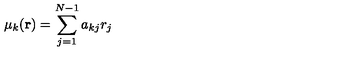
\mu _ { k } ( { \bf r } ) = \sum _ { j = 1 } ^ { N - 1 } a _ { k j } r _ { j }